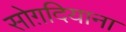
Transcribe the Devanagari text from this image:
सोग़दियाना